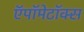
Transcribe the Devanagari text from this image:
ऍपॉमेटॉक्स